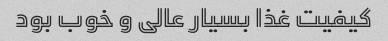
کیفیت غذا بسیار عالی و خوب بود